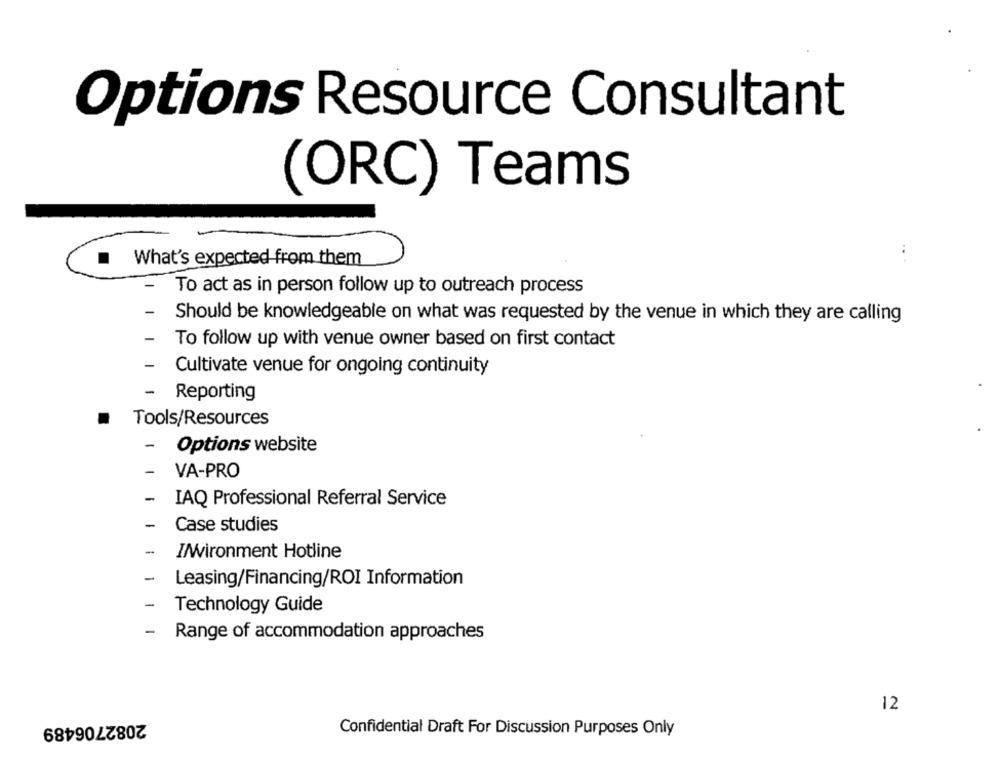
Options Resource Consultant
(ORC) Teams
.
What's expected from them
To act as in person follow up to outreach process
Should be knowledgeable on what was requested by the venue in which they are calling
To follow up with venue owner based on first contact
Cultivate venue for ongoing continuity
-
Reporting
.
Tools/Resources
-
Options website
VA-PRO
-
IAQ Professional Referral Service
-
Case studies
-
//Vironment Hotline
Leasing/Financing/ROI Information
-
Technology Guide
-
Range of accommodation approaches
12
2082706489
Confidential Draft For Discussion Purposes Only